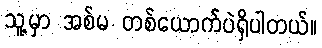
သူ့မှာ အစ်မ တစ်ယောက်ပဲရှိပါတယ်။